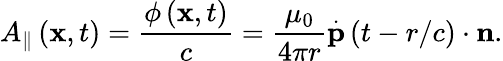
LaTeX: A_{\parallel}\left(\mathbf{x},t\right)=\frac{\phi\left(\mathbf{x},t\right)}{c}=\frac{\mu_{0}}{4\pi r}\overset{.}{\mathbf{p}}\left(t-r/c\right)\cdot\mathbf{n}.